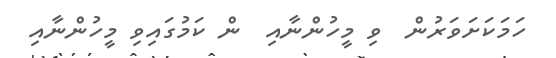
ހަމަކަށަވަރުން  ވި މީހުންނާއި  ން ކަމުގައިވި މީހުންނާއި